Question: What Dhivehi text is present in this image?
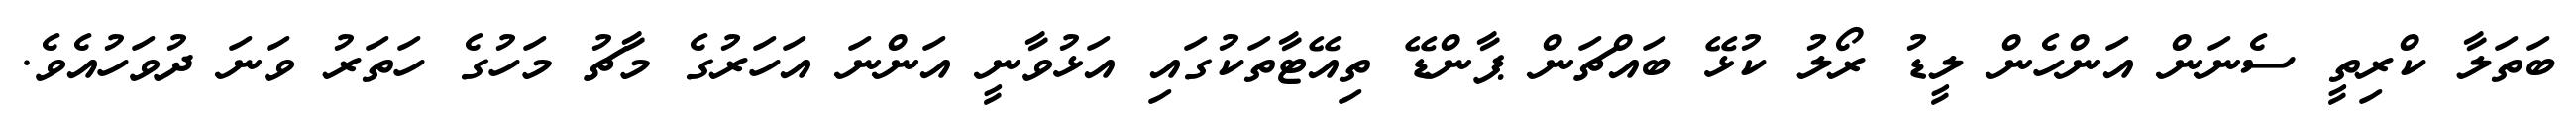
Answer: ބަތަލާ ކްރިތީ ސެނަން އަންހެން ލީޑު ރޯލު ކުޅޭ ބައްޗަން ޕާންޑޭ ތިއޭޓާތަކުގައި އަޅުވާނީ އަންނަ އަހަރުގެ މާޗު މަހުގެ ހަތަރު ވަނަ ދުވަހުއެވެ.